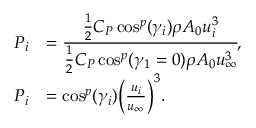
\begin{array} { r l } { P _ { i } } & { = \cfrac { \frac { 1 } { 2 } C _ { P } \cos ^ { p } ( \gamma _ { i } ) \rho A _ { 0 } u _ { i } ^ { 3 } } { \frac { 1 } { 2 } C _ { P } \cos ^ { p } ( \gamma _ { 1 } = 0 ) \rho A _ { 0 } u _ { \infty } ^ { 3 } } , } \\ { P _ { i } } & { = \cos ^ { p } ( \gamma _ { i } ) \Big ( \frac { u _ { i } } { u _ { \infty } } \Big ) ^ { 3 } . } \end{array}